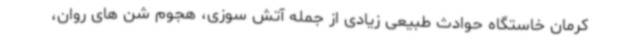
کرمان خاستگاه حوادث طبیعی زیادی از جمله آتش سوزی، هجوم شن های روان،